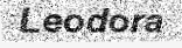
Leodora